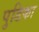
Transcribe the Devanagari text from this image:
पुडिका